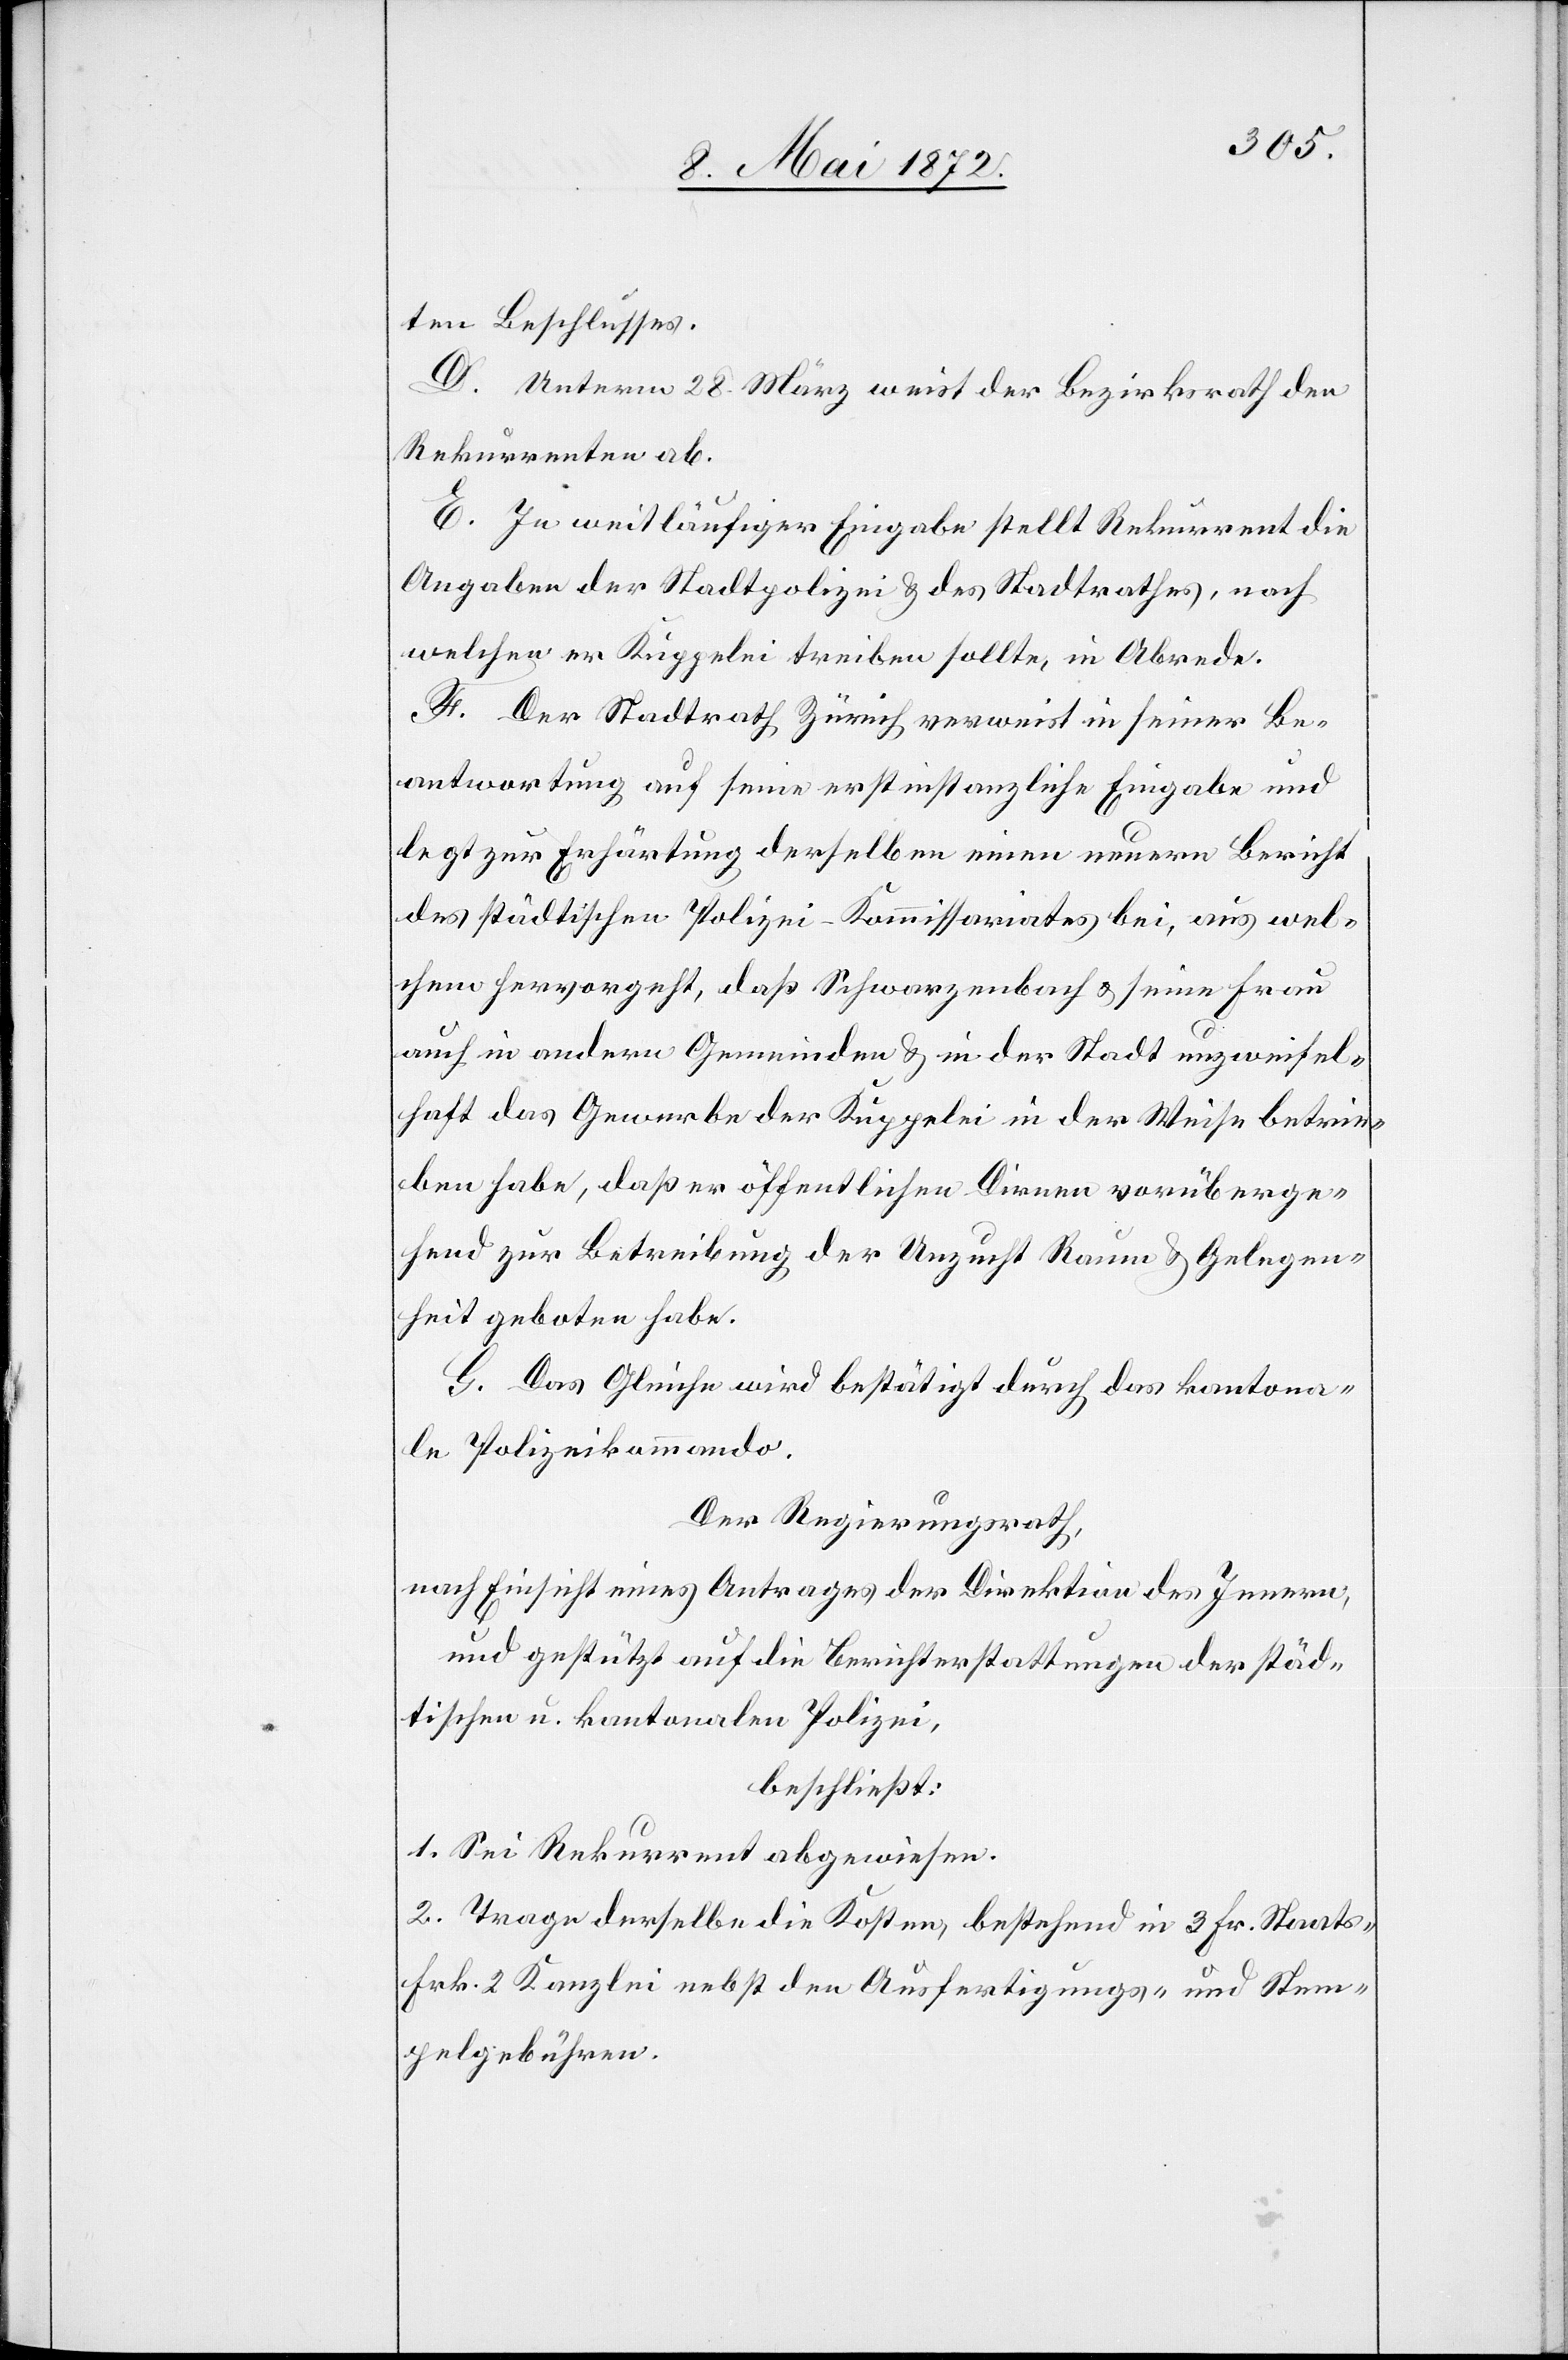
ten Beschlusses.
D. Unterm 28. März weist der Bezirksrath den
Rekurrenten ab.
E. In weitläufiger Eingabe stellt Rekurrent die
Angabe der Stadtpolizei u. des Stadtrathes, nach
welchen er Kuppelei treiben sollte, in Abrede.
F. Der Stadtrath Zürich verweist in seiner Be¬
antwortung auf seine erstinstanzliche Eingabe und
legt zur Erhärtung derselben einen neuern Bericht
des städtischen Polizei-Kommissariates bei, aus wel¬
chem hervorgeht, daß Schwarzenbach u. seine Frau
auch in andern Gemeinden u. in der Stadt unzweifel¬
haft das Gewerbe der Kuppelei in der Weise betrie¬
ben habe, daß er öffentlichen Dirnen vorüberge¬
hend zur Betreibung der Unzucht Raum u. Gelegen¬
heit geboten habe.
G. Das Gleiche wird bestätigt durch das kantona¬
le Polizeikommando.
Der Regierungsrath,
nach Einsicht eines Antrages der Direktion des Innern,
und gestützt auf die Berichterstattungen der städ¬
tischen u. kantonalen Polizei,
beschließt:
1. Sei Rekurrent abgewiesen.
2. Trage derselbe die Kosten, bestehend in 3 Fr. Staats-[,]
Frk. 2 Kanzlei[-,] nebst den Ausfertigungs- und Stem¬
pelgebühren.